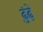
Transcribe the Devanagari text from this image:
ढुंढ़े